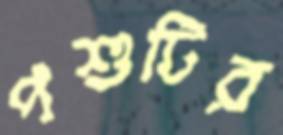
পশুটির